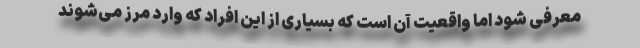
معرفی شود اما واقعیت آن است که بسیاری از این افراد که وارد مرز می‌شوند